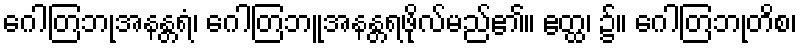
ဂေါတြဘုအနန္တရံ၊ ဂေါတြဘူအနန္တရဖိုလ်မည်၏။ ဧတ္ထ၊ ၌။ ဂေါတြဘုတိစ၊